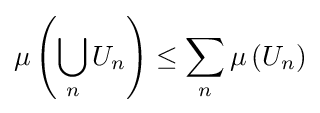
\mu \left(\bigcup _{n}U_{n}\right)\leq \sum _{n}\mu \left(U_{n}\right)